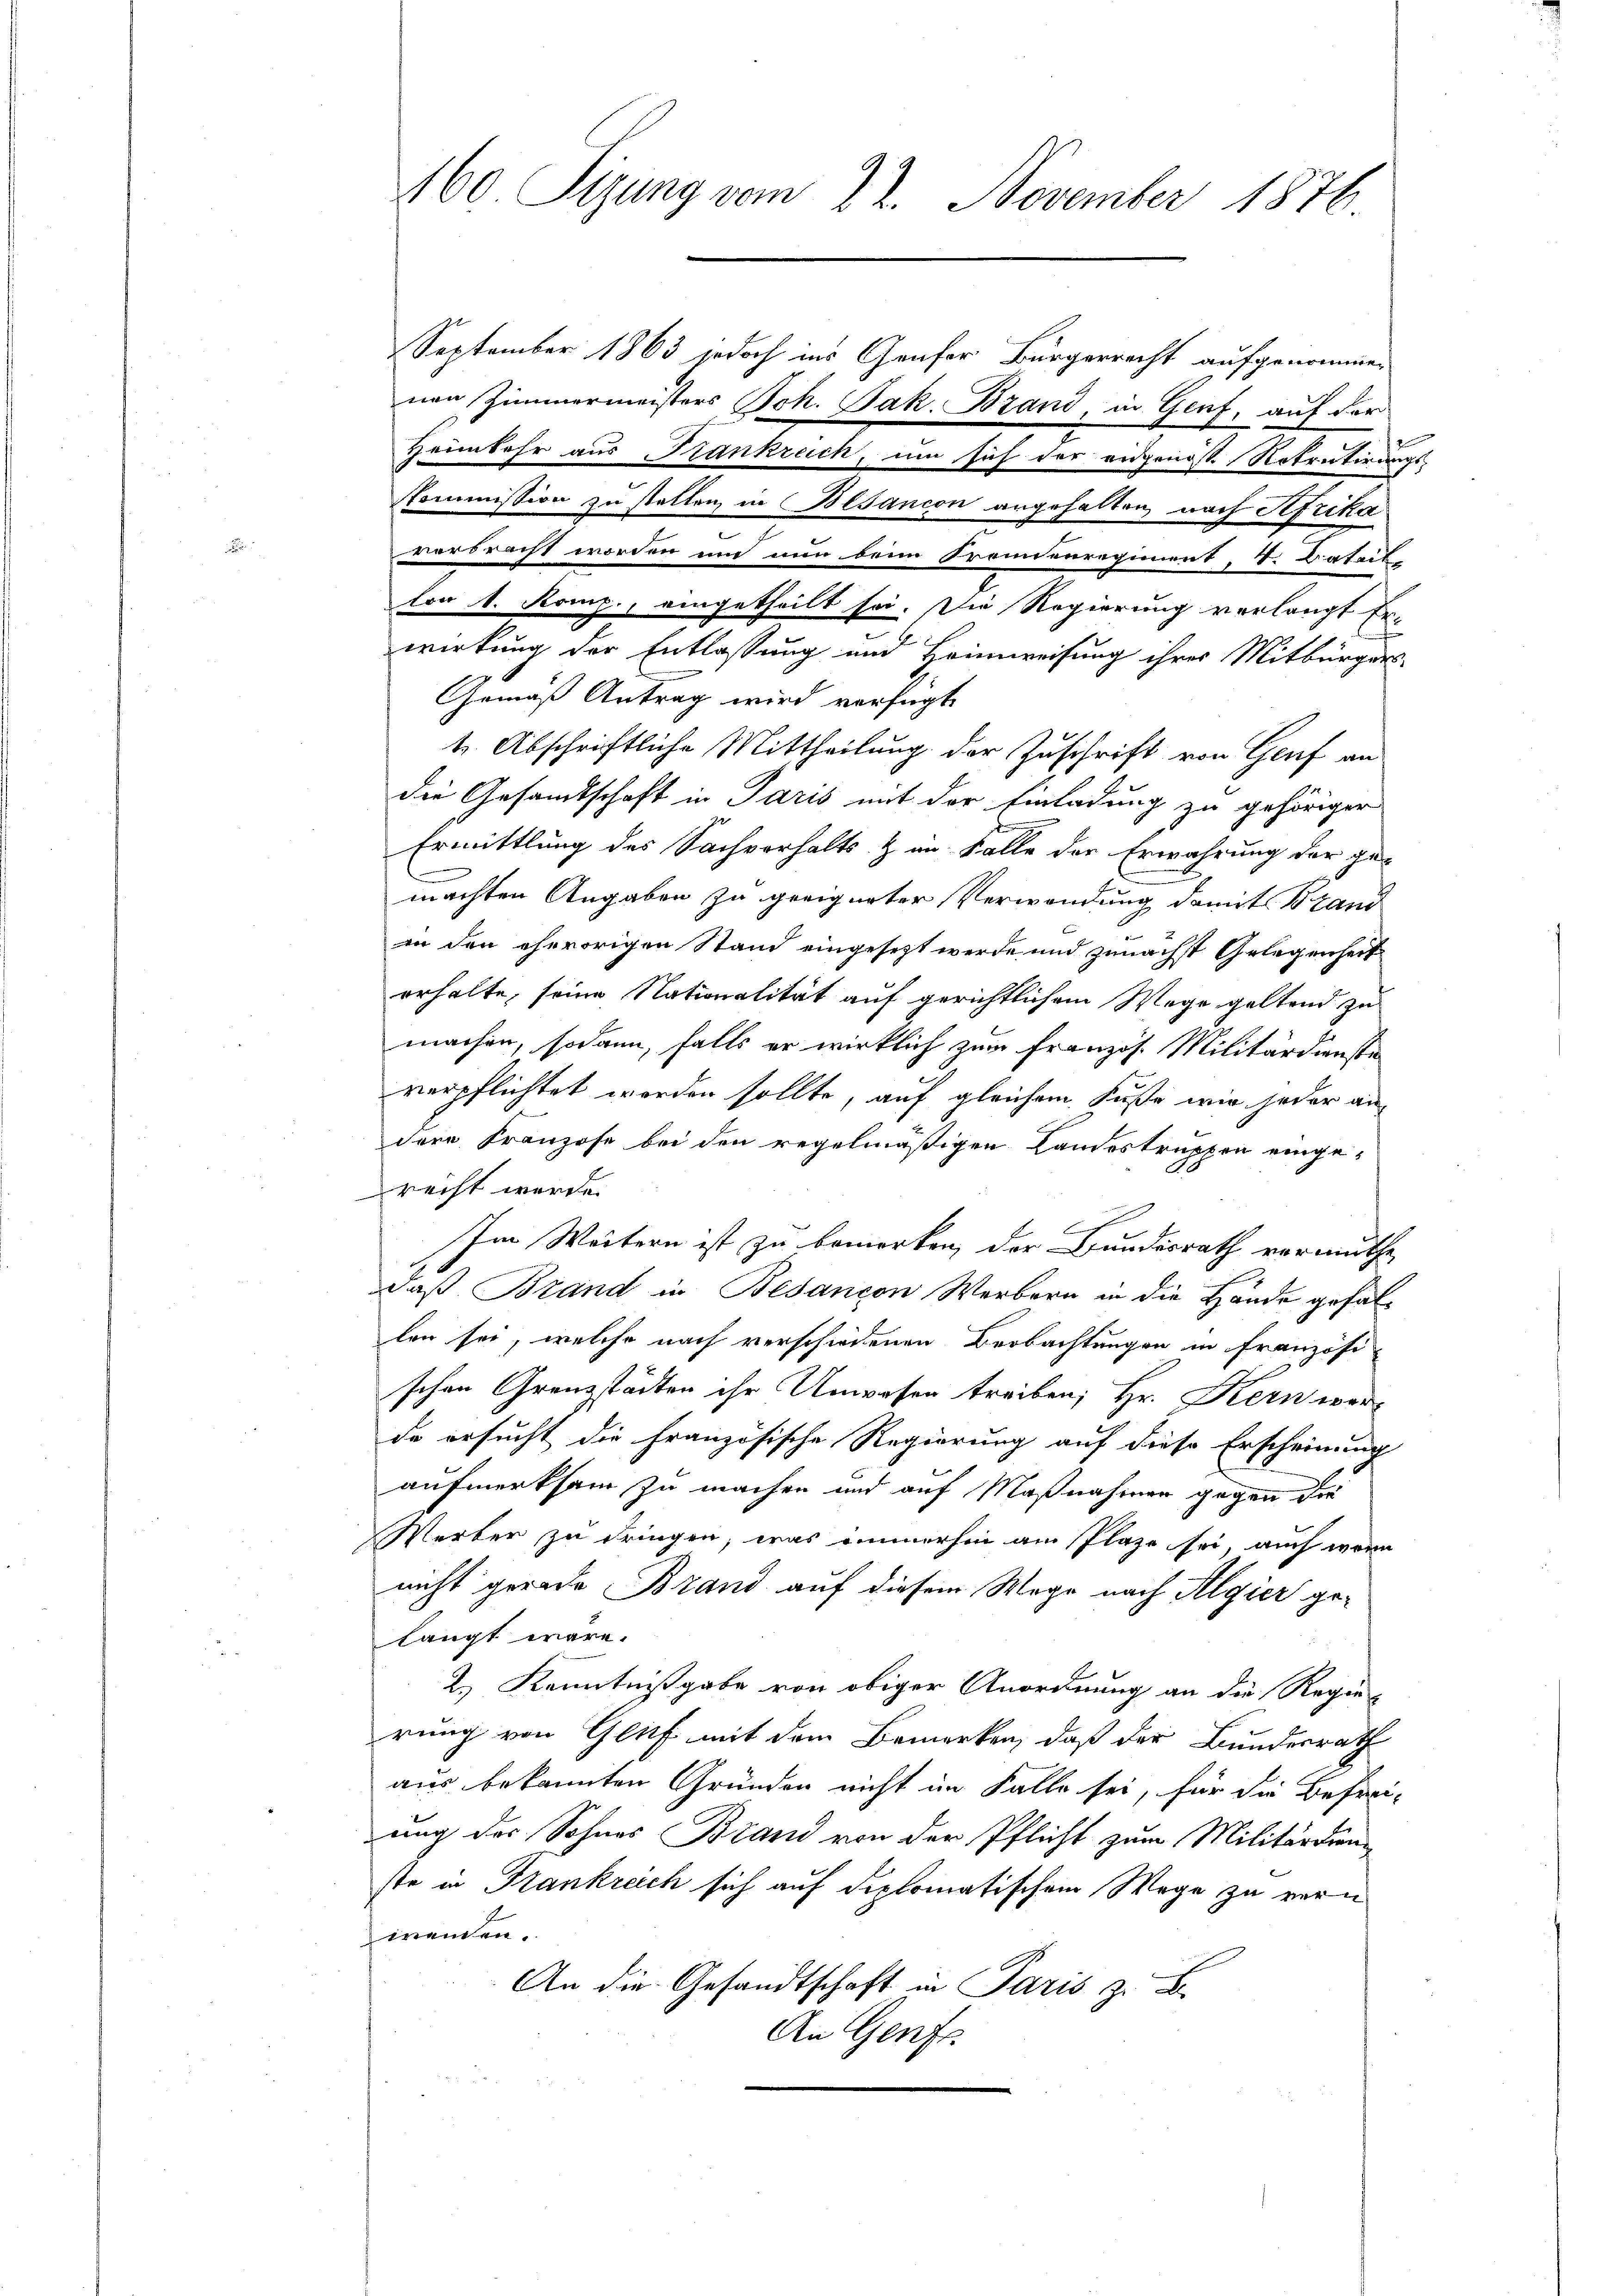
September 1863 jedoch ins Gonfer Bürgerrecht aufgenommen
nen Zimmermeisters Joh. Jak. Brand, in Genf, auf der
Heimkehr aus Frankreich, um sich der eidgenoss. Rotratirungs-
Kommission zu statten in Besancon angehalten, nach Afrika
.
verbracht worden und nun beim Kronenregiment, S. Bataile
lon 1. Komp., eingetheilt sei. Die Regierung verlangt Er-
wirkung der Entlassung und Heimweisung ihres Mitbürger-
Gemäß Antrag wird verfügt
t. Abschriftliche Mittheilung der Zuschrift von Genf an
die Gesamtschaft in Paris mit der Einladung zu gehöriger
Ermittlung des Sachverhalts- & im Falle der Erwährung der ge-
machten Angaben zu geeigneter Verwendung damit Brand
in den ehevorigen Stand eingesezt werde und zunächst Gelegenheit
erhalte, seine Nationalität auf gerichtlichem Wege geltend zu
machen, sodann, falls er wirklich zum Französ. Militärdienste
verpflichtet werden sollte, auf gleichem Fuße wir jeder an
dere Franzose bei den regelmäßigen Landestruppen eingerecht werde.
¬
Im Weitern ist zu bemerken, der Bundesrath vermuthe,
daß Brand in Besançon Werbern in die Hände gefallen sei, welche nach verschiedenen Beobachtungen in Französi
schen Grenzstädten ihr Unwesen treiben; Hr. Kern wer-
de ersucht die französische Regierung auf diese Erscheinung
aufmerksam zu machen und auf Maßnahmen gegen die
Werber zu dringen, was immerhin am Plaze sei, auch wenn
nicht gerade Brand auf diesem Wege nach Algier gelangt wäre.
2.) Kenntnißgabe von obiger Anordnung an die Regie-
rung von Glich mit dem Bemerken, daß der Bundesrath
aus bekannten Gründen nicht im Falle sei, für die Befreiung der Sohnes Brand von der Pflicht zum Militärdien
ste in Frankreich sich auf diplomatischem Wege zu vern
wenden.
An die Gesandtschaft in Paris z. B.
An Genfs

160 Sizung vom 22. November 1876